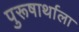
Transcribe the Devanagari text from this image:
पुरूषार्थाला